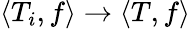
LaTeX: \langle T_{i},f\rangle\to\langle T,f\rangle